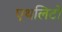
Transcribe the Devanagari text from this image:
एथलिटों